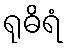
ရုဓိရံ